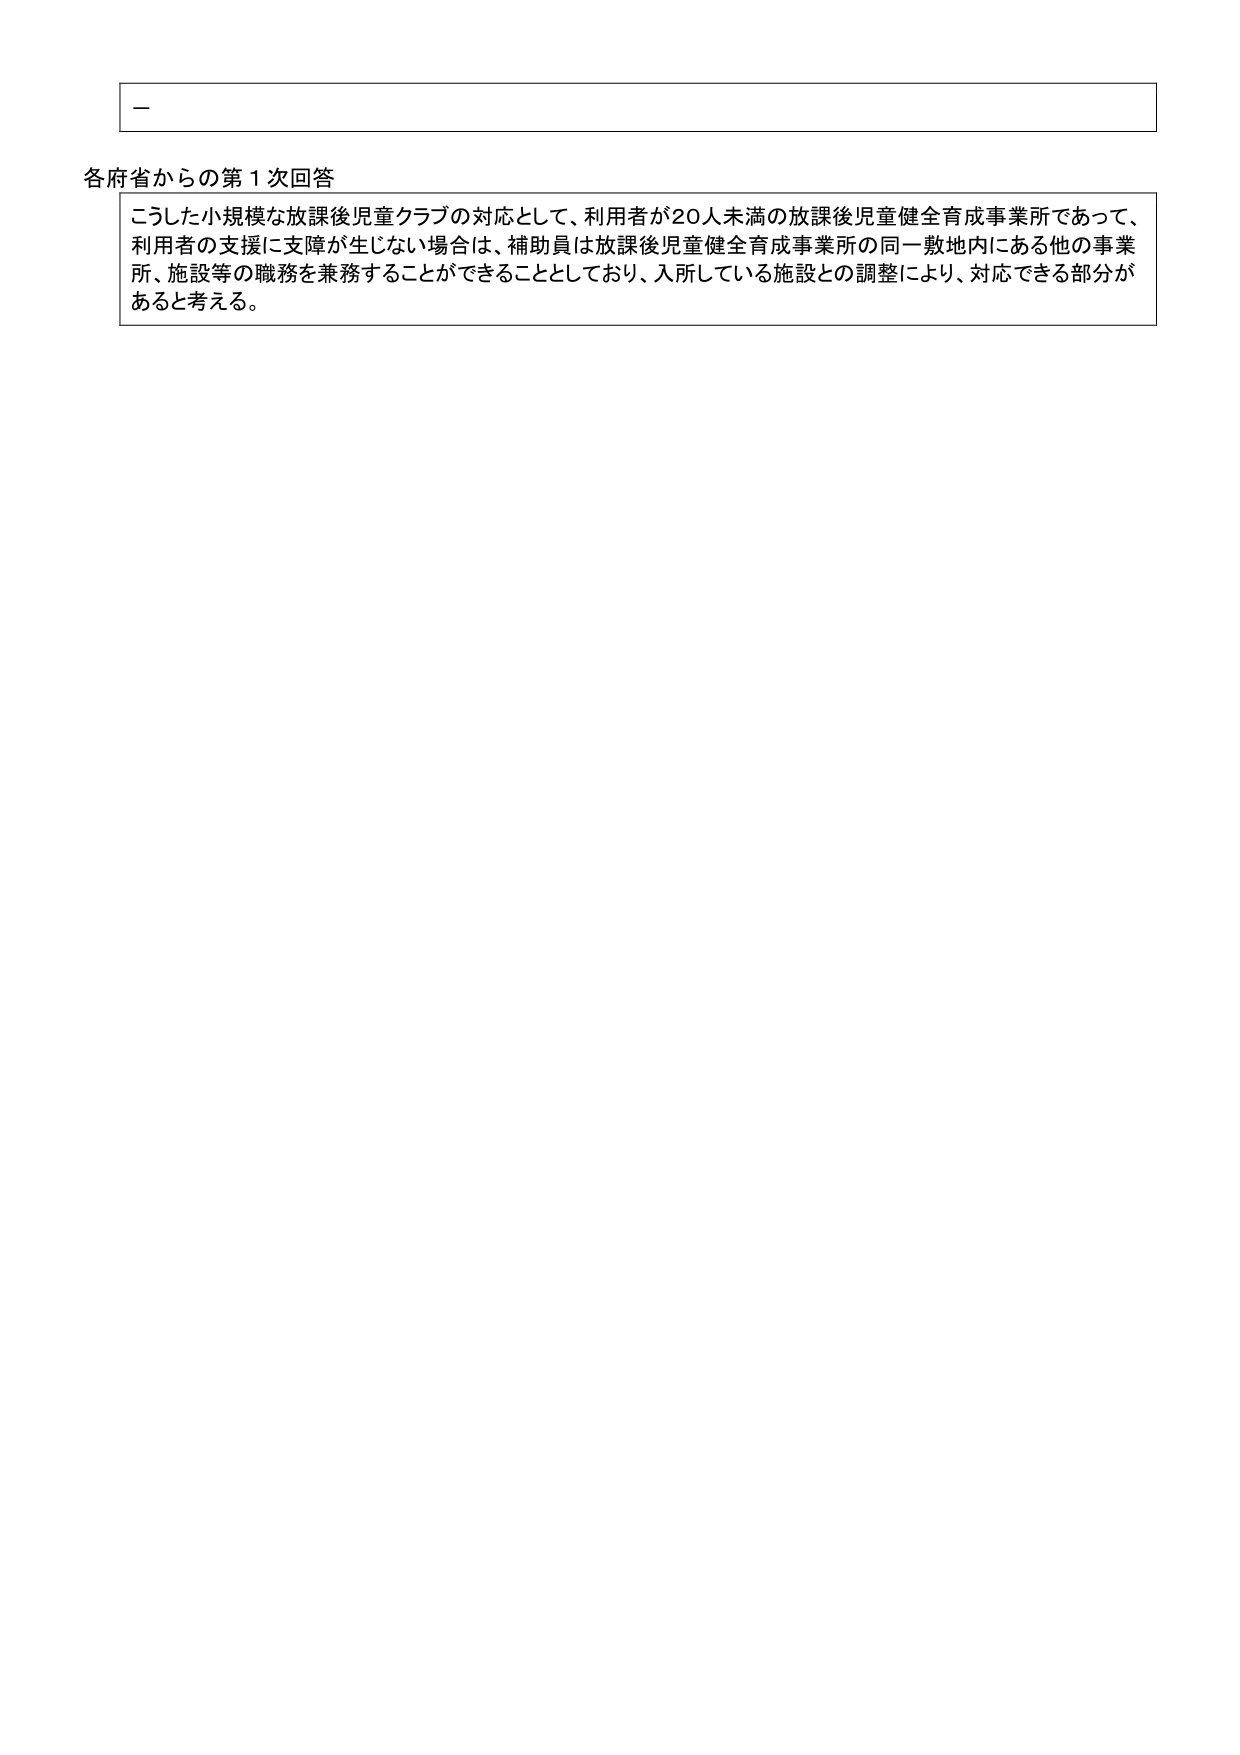
ー

各府省からの第１次回答

こうした小規模な放課後児童クラブの対応として、利用者が20人未満の放課後児童健全育成事業所であって、
利用者の支援に支障が生じない場合は、補助員は放課後児童健全育成事業所の同一敷地内にある他の事業
所、施設等の職務を兼務することができることとしており、入所している施設との調整により、対応できる部分が
あると考える。